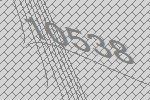
10538